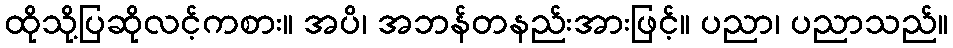
ထိုသို့ပြဆိုလင့်ကစား။ အပိ၊ အဘန်တနည်းအားဖြင့်။ ပညာ၊ ပညာသည်။